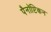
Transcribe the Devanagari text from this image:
पैनॉप्टिकन